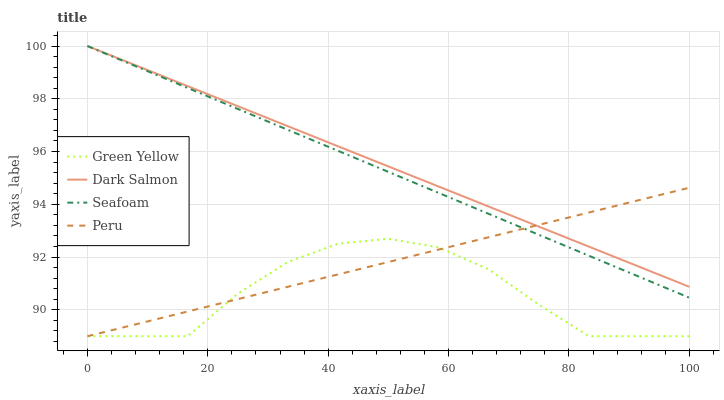
| xaxis_label | Green Yellow | Dark Salmon | Seafoam | Peru |
 | --- | --- | --- | --- | --- |
 | 0 | 89 | 100 | 100 | 89 |
 | 8.33 | 89 | 99.2 | 99.2 | 89.5 |
 | 16.7 | 89 | 98.5 | 98.4 | 89.9 |
 | 25 | 90.6 | 97.7 | 97.6 | 90.4 |
 | 33.3 | 91.8 | 97 | 96.8 | 90.9 |
 | 41.7 | 92.5 | 96.2 | 96 | 91.3 |
 | 50 | 92.7 | 95.4 | 95.2 | 91.8 |
 | 58.3 | 92.4 | 94.7 | 94.4 | 92.3 |
 | 66.7 | 91.5 | 93.9 | 93.6 | 92.8 |
 | 75 | 90.2 | 93.2 | 92.8 | 93.2 |
 | 83.3 | 89 | 92.4 | 92 | 93.7 |
 | 91.7 | 89 | 91.6 | 91.3 | 94.2 |
 | 100 | 89 | 90.9 | 90.5 | 94.6 |